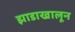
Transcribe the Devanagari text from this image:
झाडाखालून